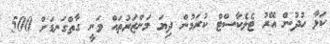
ކަޅާ ހުދުން އޭރު ޓެލެކާސްޓް ކުރަމުން ދިޔަ މަންޒަރުތައް ވަނީ ގާތްގަނޑަށް 500